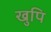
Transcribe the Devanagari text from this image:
खुपि